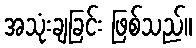
အသုံးချခြင်း ဖြစ်သည်။